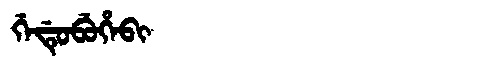
Manchu: ᡤᡝᡩᡠᠪᡠᡥᡝᠪᡳ
Romanization: GEDUBUHEBI